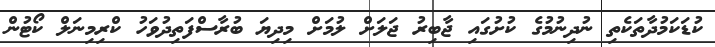
ކުޑަކަމުދާތަކެތި ނުދިނުމުގެ ކުށުގައި ޖާބިރު ޖަލަށް ލުމަށް މިދިޔަ ބުރާސްފަތިދުވަހު ކްރިމިނަލް ކޯޓުން